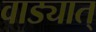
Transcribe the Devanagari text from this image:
वाड्यात्